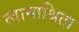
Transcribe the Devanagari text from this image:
त्वामाश्रिता